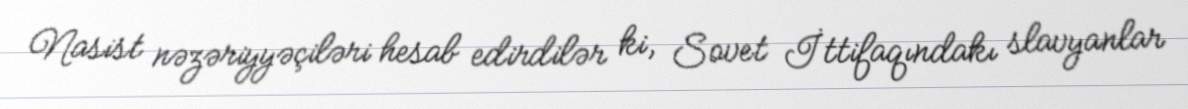
Nasist nəzəriyyəçiləri hesab edirdilər ki, Sovet İttifaqındakı slavyanlar